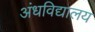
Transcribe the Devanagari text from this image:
अंधविद्यालय